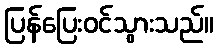
ပြန်ပြေးဝင်သွားသည်။